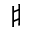
\sharp